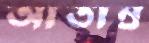
আতাম্র